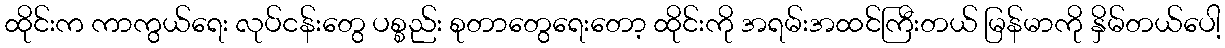
ထိုင်းက ကာကွယ်ရေး လုပ်ငန်းတွေ ပစ္စည်း စုတာတွေရေးတော့ ထိုင်းကို အရမ်းအထင်ကြီးတယ် မြန်မာကို နှိမ်တယ်ပေါ့